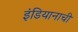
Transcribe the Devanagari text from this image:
इंडियानाची